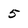
Character: 5